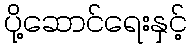
ပို့ဆောင်ရေးနှင့်